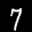
Label: 7